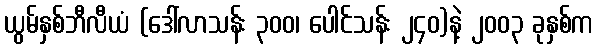
ယွမ်နှစ်ဘီလီယံ (ဒေါ်လာသန်း ၃၀၀၊ ပေါင်သန်း ၂၄၀)နဲ့ ၂၀၀၃ ခုနှစ်က